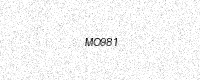
Text: MO981